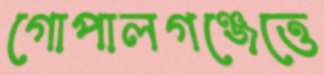
গোপালগঞ্জেত্তে